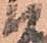
い